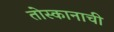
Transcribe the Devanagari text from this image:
तोस्कानाची